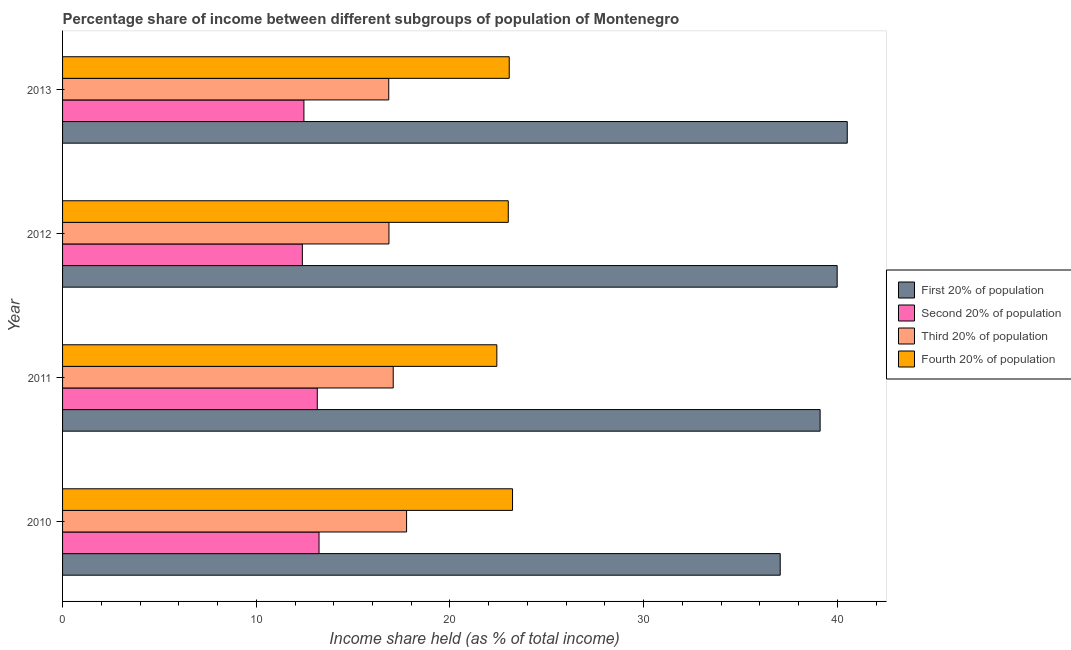
| Year | First 20% of population | Second 20% of population | Third 20% of population | Fourth 20% of population |
 | --- | --- | --- | --- | --- |
 | 2010 | 37 | 13.2 | 17.8 | 23.2 |
 | 2011 | 39.1 | 13.2 | 17.1 | 22.4 |
 | 2012 | 40 | 12.4 | 16.9 | 23 |
 | 2013 | 40.5 | 12.5 | 16.8 | 23.1 |